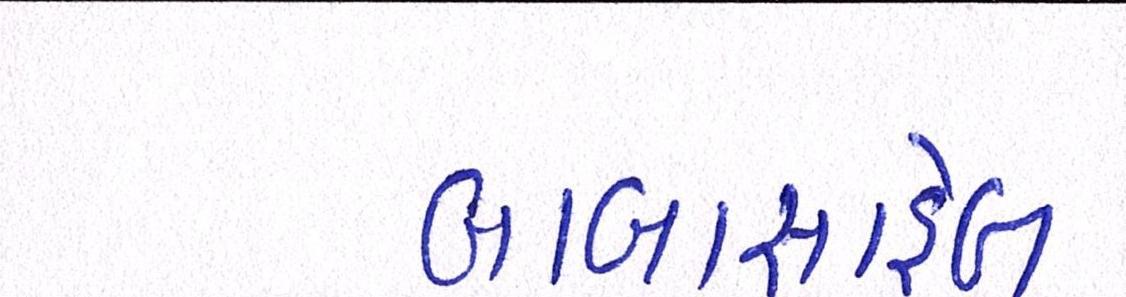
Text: બાબાસાહેબ